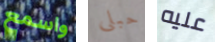
واسمع حبلى عليه